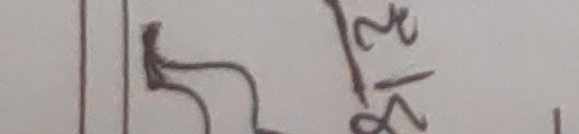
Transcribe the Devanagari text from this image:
३/८